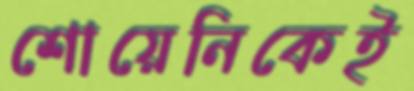
শোয়েনিকেই